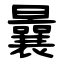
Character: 曩